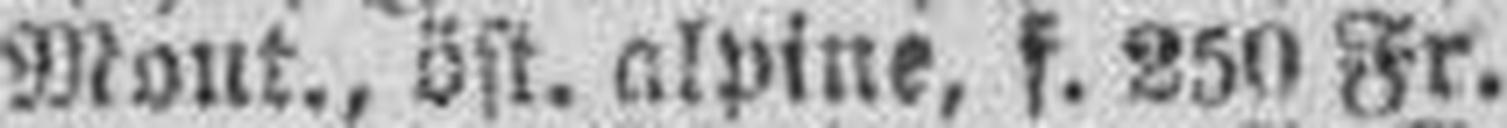
4 1/2% Mont., öst. alpine, f. 250 Fr.